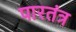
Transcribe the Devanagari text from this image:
पारतंत्र